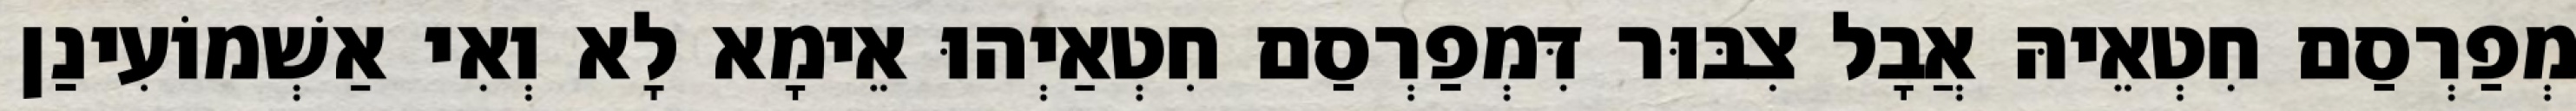
מְפַרְסַם חִטְאֵיהּ אֲבָל צִבּוּר דִּמְפַרְסַם חִטְאַיְהוּ אֵימָא לָא וְאִי אַשְׁמוֹעִינַן